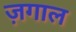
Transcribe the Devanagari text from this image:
ज़गाल